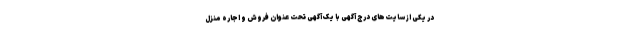
در یکی از سایت‌های درج آگهی با یک آگهی تحت عنوان فروش و اجاره منزل